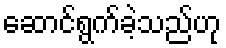
ဆောင်ရွက်ခဲ့သည်ဟု